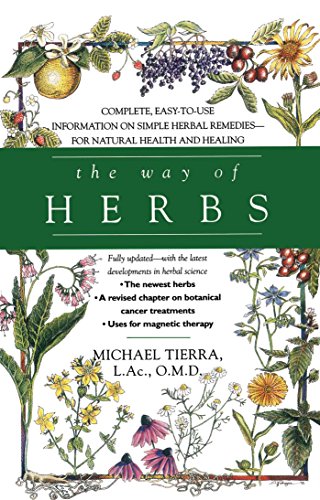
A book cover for The Way of Herbs: Fully Updated with the Latest Developments in Herbal Science; Michael Tierra; Health, Fitness & Dieting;